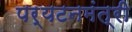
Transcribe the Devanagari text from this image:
पर्यटनमंत्री